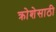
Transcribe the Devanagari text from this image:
क्रोशेसाठी